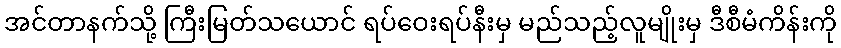
အင်တာနက်သို့ ကြီးမြတ်သယောင် ရပ်ဝေးရပ်နီးမှ မည်သည့်လူမျိုးမှ ဒီစီမံကိန်းကို